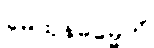
မေထုနဓမ္မေတိ